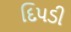
દિપડી